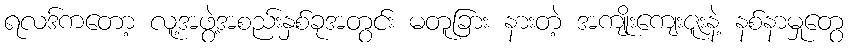
ရလဒ်ကတော့ လူ့အဖွဲ့အစည်းနှစ်ခုအတွင်း မတူခြား နားတဲ့ အကျိုးကျေးဇူးနဲ့ နစ်နာမှုတွေ